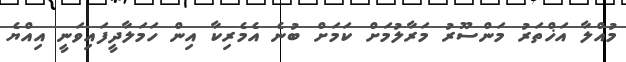
މުއްލާ އަޚްތަރު މަންސޫރު މަރާލުމަށް ކަމަށް ބުނެ އެމެރިކާ އިން ހަމަލާދީފައިވަނީ އިއްޔެ